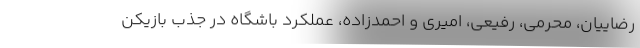
رضاییان، محرمی، رفیعی، امیری و احمدزاده، عملکرد باشگاه در جذب بازیکن